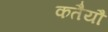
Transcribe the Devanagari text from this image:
कतैयौं